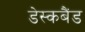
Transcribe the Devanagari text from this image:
डेस्कबैंड